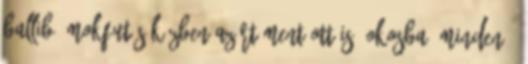
ballib ámokfutás közben azért ment ott is "okosba" minden."